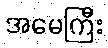
အမေကြီး